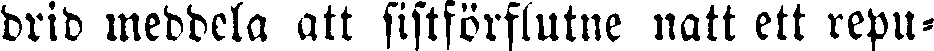
drid meddela att sistförflutne natt ett repu-